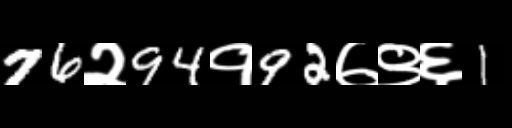
Text: 76२94१92७९६1